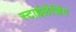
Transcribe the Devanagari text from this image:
स्टाईलैजिंग